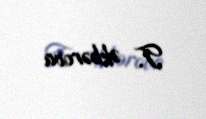
T. Əkbərova